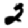
Digit: 2